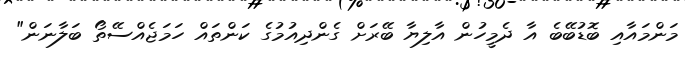
މަންމައާއި ބޮޑުބޭބެ އާ ދެމީހުން އާލިޔާ ބޭރަށް ގެންދިއުމުގެ ކަންތައް ހަމަޖެއްސޭތޯ ބަލާނަން"